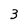
Character: 3